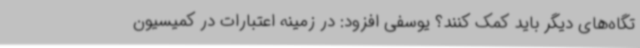
تگاه‌های دیگر باید کمک کنند؟ یوسفی افزود: در زمینه اعتبارات در کمیسیون